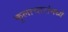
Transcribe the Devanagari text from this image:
कुलाचारांमध्ये